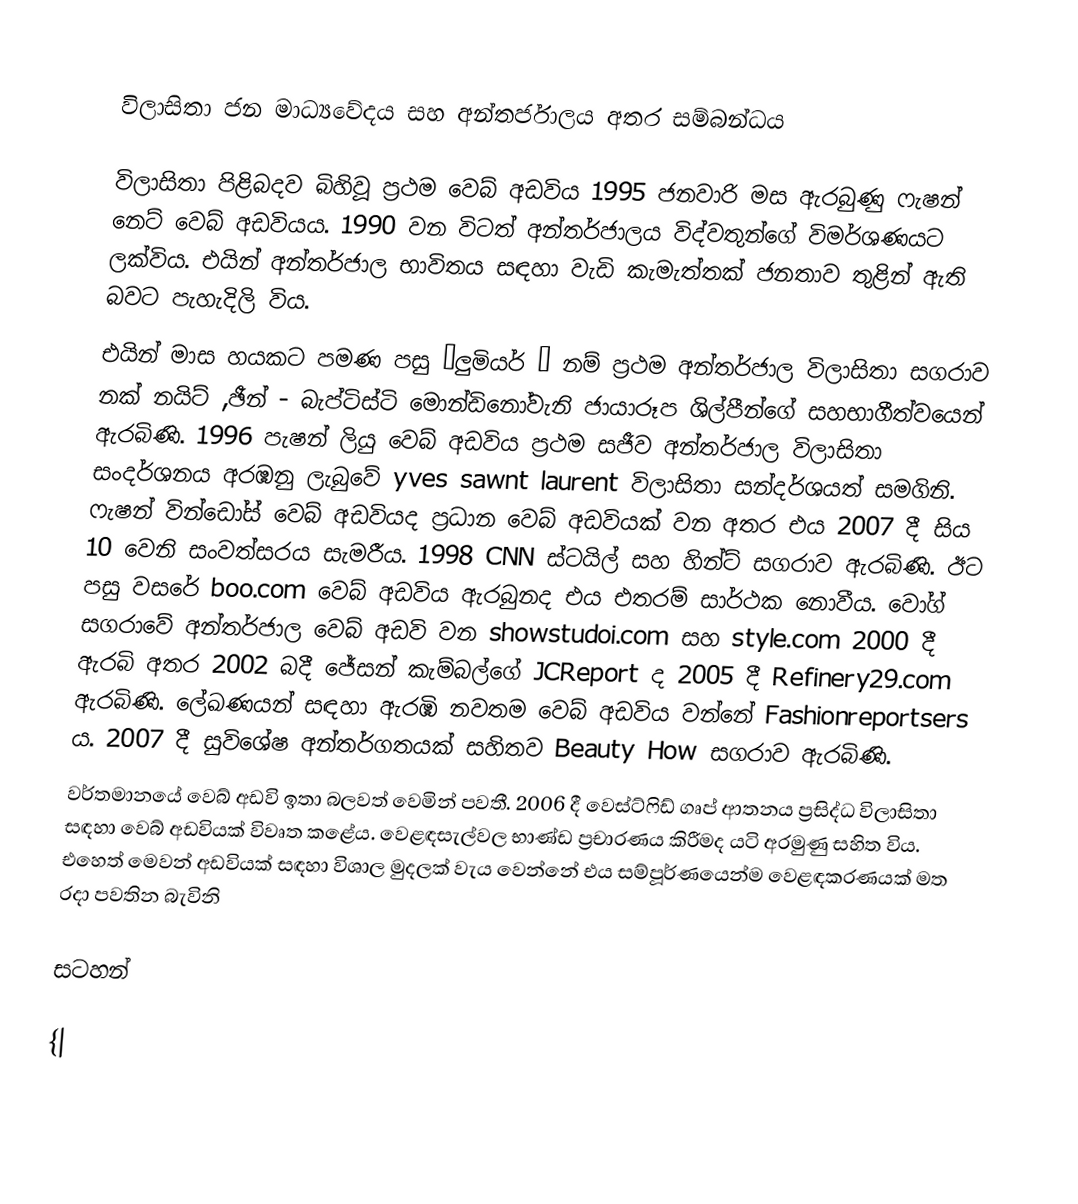

විලාසිතා ජන මාධ්‍යවේදය සහ අන්තර්ජාලය අතර සම්බන්ධය

විලාසිතා පිළිබදව බිහිවූ ප්‍රථම වෙබ් අඩවිය 1995 ජනවාරි මස ඇරබුණු ෆැෂන් නෙට් වෙබ් අඩවියය. 1990 වන විටත් අන්තර්ජාලය විද්වතුන්ගේ විමර්ශණයට ලක්විය.  එයින් අන්තර්ජාල භාවිතය සඳහා වැඩි කැමැත්තක් ජනතාව තුළින් ඇති බවට පැහැදිලි විය.
එයින් මාස හයකට පමණ පසු “ලුමියර් ” නම් ප්‍රථම අන්තර්ජාල විලාසිතා සගරාව නක් නයිට් ,ඡීන් - බැප්ටිස්ටි මොන්ඩිනෝවැනි ජායාරූප ශිල්පීන්ගේ සහභාගීත්වයෙන් ඇරබිණි. 1996 පැෂන් ලියු වෙබ් අඩවිය ප්‍රථම සජීව අන්තර්ජාල විලාසිතා සංදර්ශනය අරඹනු ලැබුවේ  yves sawnt laurent විලාසිතා සන්දර්ශයත් සමගිනි. ෆැෂන් වින්ඩෝස් වෙබ් අඩවියද ප්‍රධාන වෙබ් අඩවියක් වන අතර එය 2007 දී සිය 10 වෙනි සංවත්සරය සැමරීය. 1998 CNN ස්ටයිල් සහ හින්ට් සගරාව ඇරබිණි. ඊට පසු වසරේ boo.com වෙබ් අඩවිය ඇරබුනද එය එතරම් සාර්ථක නොවීය. වෝග් සගරාවේ අන්තර්ජාල වෙබ් අඩවි වන showstudoi.com සහ style.com 2000 දී ඇරබි අතර 2002 බදී ජේසන් කැම්බල්ගේ JCReport ද 2005 දී Refinery29.com ඇරබිණි. ලේඛණයන් සඳහා ඇරඹි නවතම වෙබ් අඩවිය වන්නේ Fashionreportsers ය. 2007 දී සුවිශේෂ අන්තර්ගතයක් සහිතව Beauty How සගරාව ඇරබිණි.
වර්තමානයේ වෙබ් අඩවි ඉතා බලවත් වෙමින් පවතී. 2006 දී වෙස්ට්ෆිඩ් ගෘප් ආතනය ප්‍රසිද්ධ විලාසිතා සඳහා වෙබ් අඩවියක් විවෘත කළේය. වෙළඳසැල්වල භාණ්ඩ ප්‍රචාරණය කිරීමද යටි අරමුණු සහිත විය. එහෙත් මෙවන් අඩවියක් සඳහා විශාල මුදලක් වැය වෙන්නේ එය සම්පූර්ණයෙන්ම වෙළඳකරණයක් මත රදා පවතින බැවිනි

සටහන්

{|